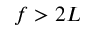
f > 2 L